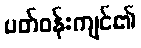
ပတ်ဝန်းကျင်၏